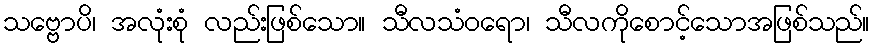
သဗ္ဗောပိ၊ အလုံးစုံ လည်းဖြစ်သော။ သီလသံဝရော၊ သီလကိုစောင့်သောအဖြစ်သည်။